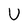
Character: U